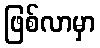
ဖြစ်လာမှာ